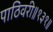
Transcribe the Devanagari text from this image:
पाठिवरी॥१३१॥